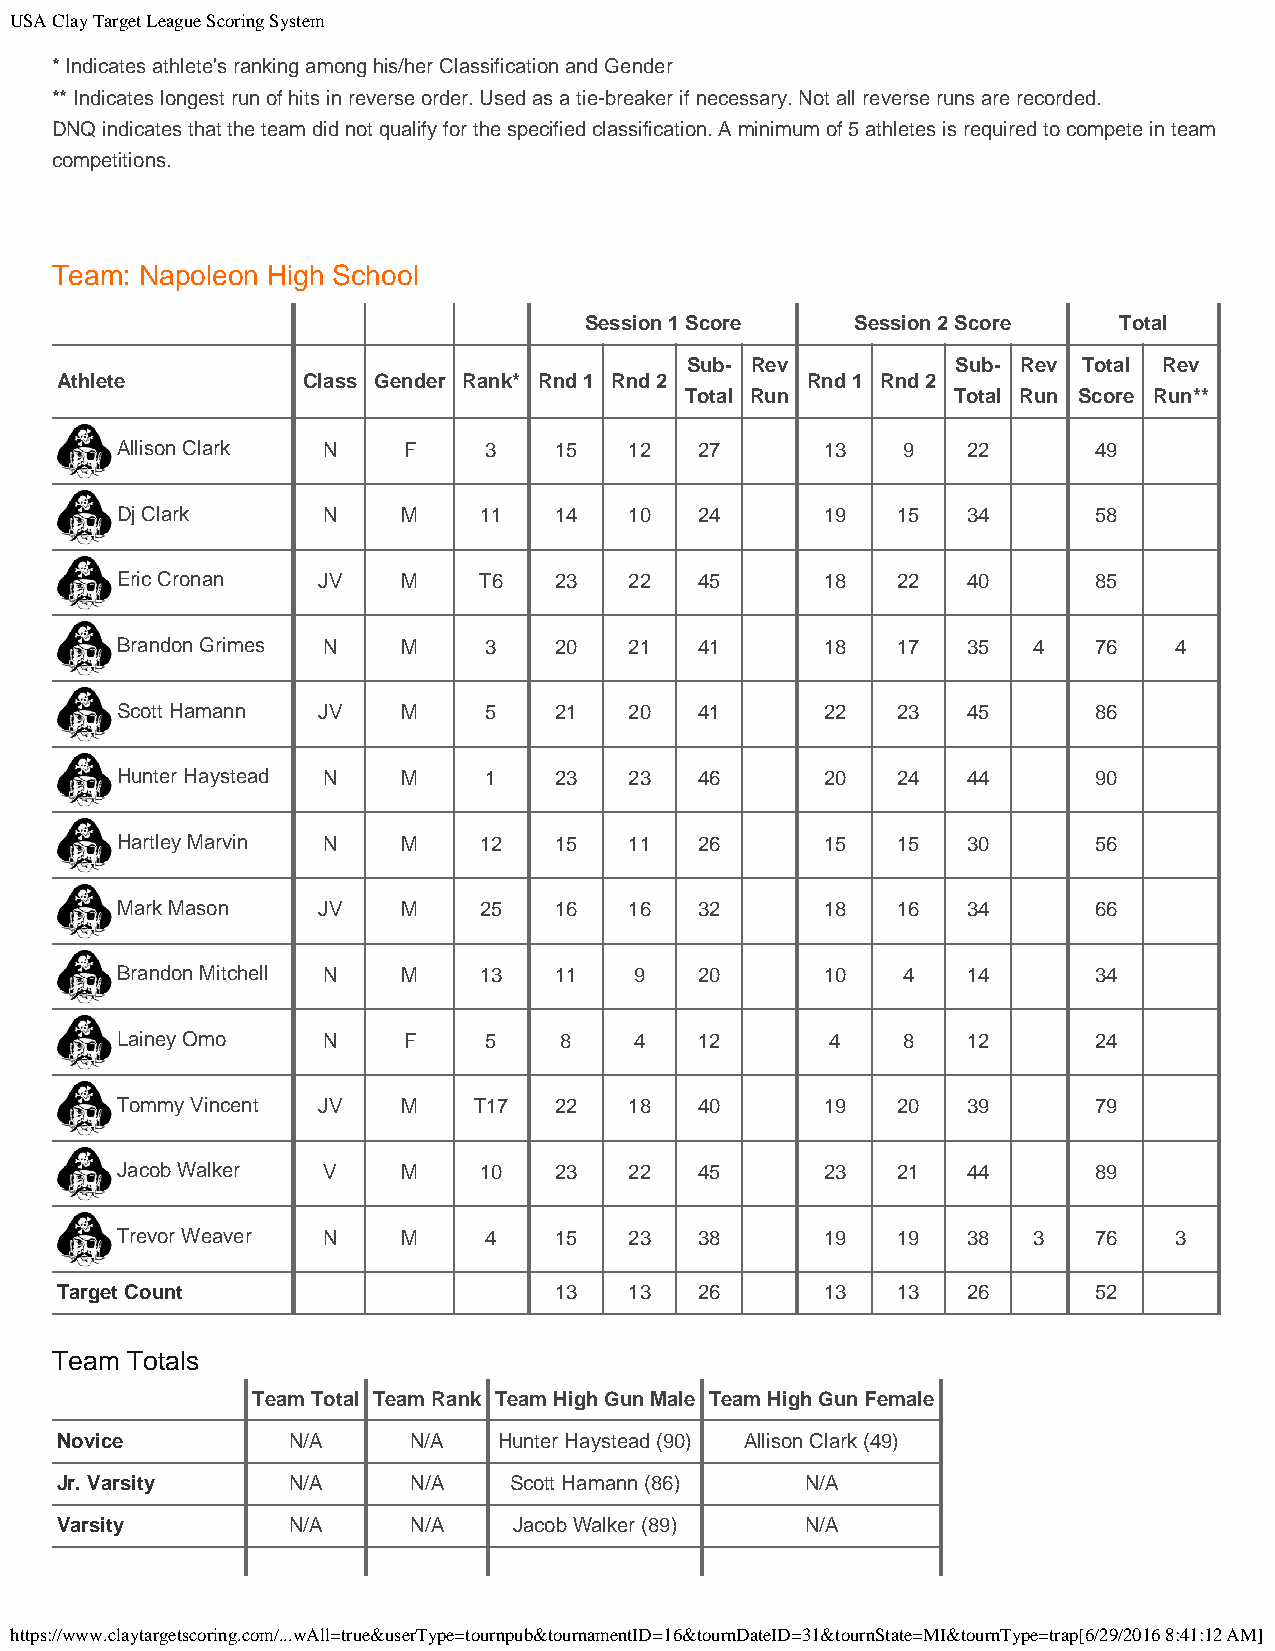
USA Clay Target League Scoring System
 * Indicates athlete's ranking among his/her Classification and Gender
 ** Indicates longest run of hits in reverse order. Used as a tie-breaker if necessary. Not all reverse runs are recorded.
 DNQ indicates that the team did not qualify for the specified classification. A minimum of 5 athletes is required to compete in team
 competitions.
 Team: Napoleon High School
 Session 1 Score   Session 2 Score  Total
 Sub- Rev          Sub- Rev Total Rev
 Athlete         Class Gender Rank* Rnd 1 Rnd 2   Rnd 1 Rnd 2
 Total Run         Total Run Score Run**
 Allison Clark N    F    3    15   12  27       13   9   22      49
 Dj Clark     N     M    11   14   10  24       19  15   34      58
 Eric Cronan  JV    M    T6   23   22  45       18  22   40      85
 Brandon Grimes N   M    3    20   21  41       18  17   35  4   76    4
 Scott Hamann JV    M    5    21   20  41       22  23   45      86
 Hunter Haystead N  M    1    23   23  46       20  24   44      90
 Hartley Marvin N   M    12   15   11  26       15  15   30      56
 Mark Mason   JV    M    25   16   16  32       18  16   34      66
 Brandon Mitchell N M    13   11   9   20       10   4   14      34
 Lainey Omo   N     F    5    8    4   12       4    8   12      24
 Tommy Vincent JV   M   T17   22   18  40       19  20   39      79
 Jacob Walker V     M    10   23   22  45       23  21   44      89
 Trevor Weaver N    M    4    15   23  38       19  19   38  3   76    3
 Target Count                     13   13  26       13  13   26      52
 Team Totals
 Team Total Team Rank Team High Gun Male Team High Gun Female
 Novice         N/A     N/A   Hunter Haystead (90) Allison Clark (49)
 Jr. Varsity    N/A     N/A    Scott Hamann (86)  N/A
 Varsity        N/A     N/A    Jacob Walker (89)  N/A
 https://www.claytargetscoring.com/...wAll=true&userType=tournpub&tournamentID=16&tournDateID=31&tournState=MI&tournType=trap[6/29/2016 8:41:12 AM]